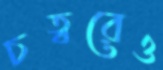
চত্বরেও